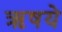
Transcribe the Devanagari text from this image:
ऋषये